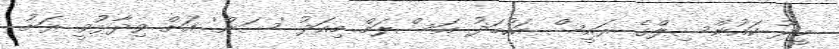
މީދޫ ކައުންސިލްގެ ރައީސް އަހުމަދު އަސްލަމް މިއަދު 'ސަން' އަށް ވިދާޅުވީ ރަށު